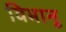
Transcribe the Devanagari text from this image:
विभानू